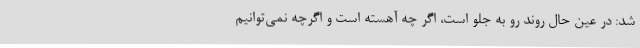
شد: در عین حال روند رو به جلو است، اگر چه آهسته است و اگرچه نمی‌توانیم